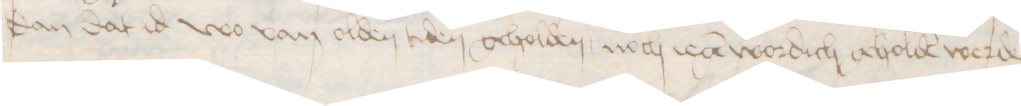
dan dat id wo van olden tiden geholden, noch iegen wordich geholden werde